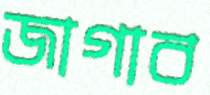
জাগাব